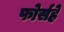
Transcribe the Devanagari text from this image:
फोर्सहे